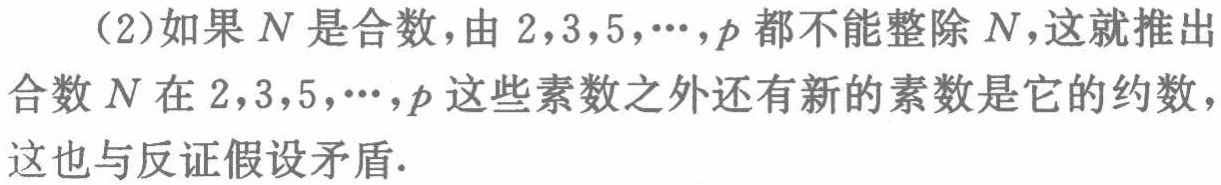
（2）如果\(N\)是合数，由\(2,3,5,\cdots,p\)都不能整除\(N\)，这就推出合数\(N\)在\(2,3,5,\cdots,p\)这些素数之外还有新的素数是它的约数，这也与反证假设矛盾.